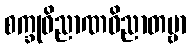
စက္ခုဝိညာဏဝိညာတဗ္ဗာ